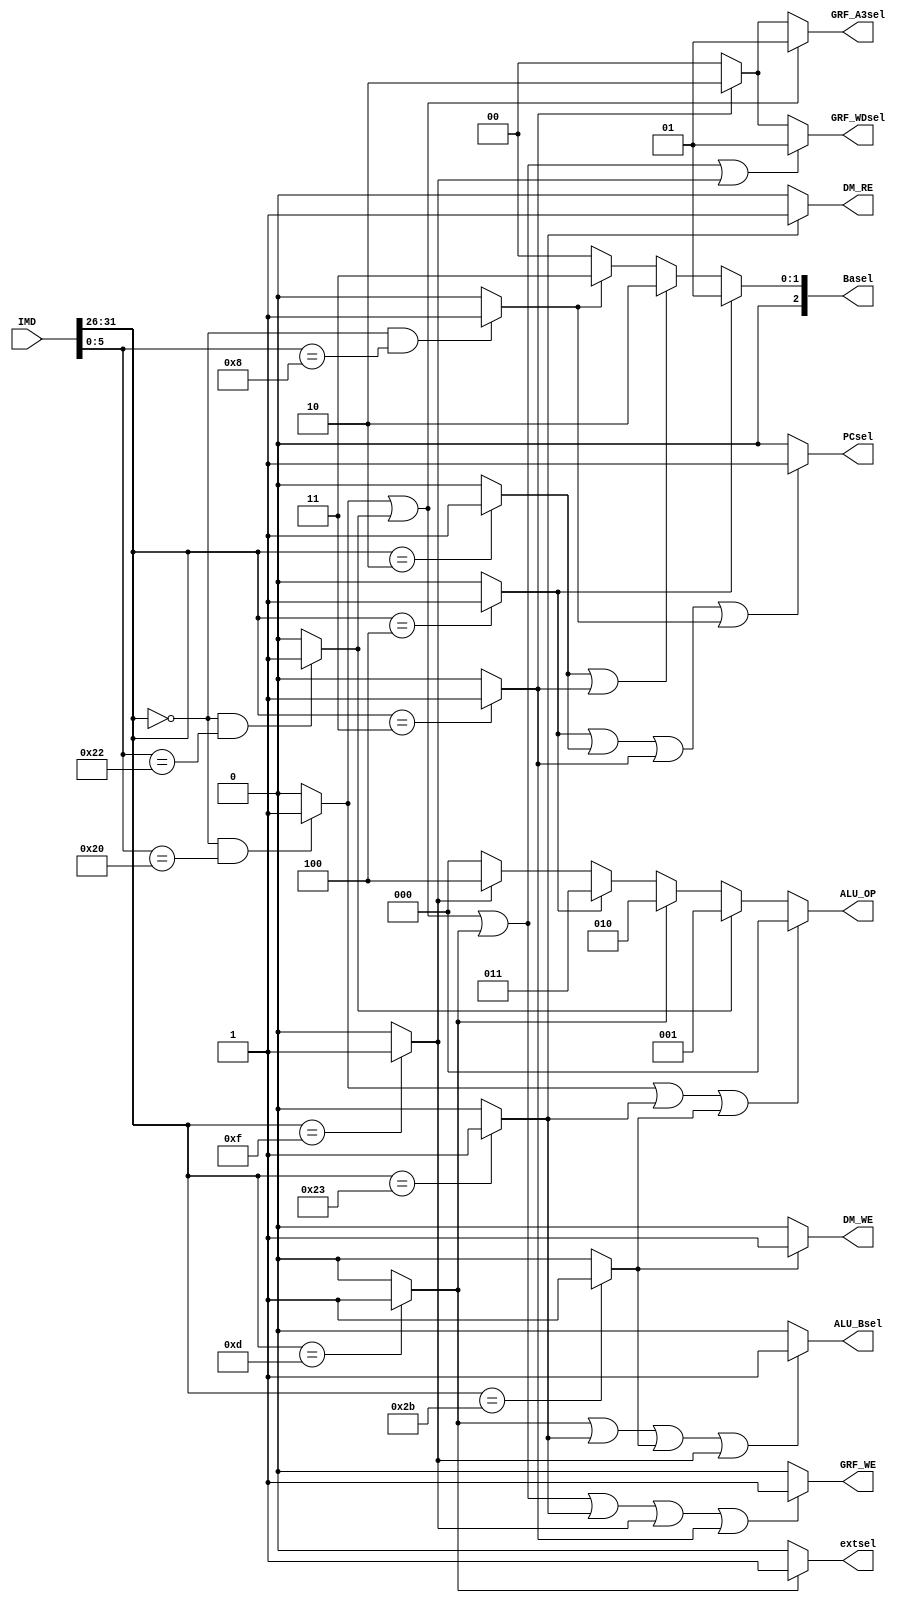
`timescale 1ns / 1ps
//////////////////////////////////////////////////////////////////////////////////
// Company: 
// Engineer: 
// 
// Design Name: 
// Module Name:    Controller 
// Project Name: 
// Target Devices: 
// Tool versions: 
// Description: 
//
// Dependencies: 
//
// Revision: 
// Revision 0.01 - File Created
// Additional Comments: 
//
//////////////////////////////////////////////////////////////////////////////////
module Controller(
    input [31:0] IMD,
    output PCsel,
    output GRF_WE,
    output [2:0] ALU_OP,
    output DM_WE,
    output DM_RE,
    output [1:0] GRF_A3sel,
    output [1:0] GRF_WDsel,
    output ALU_Bsel,
	 output [2:0] Basel,
	 output extsel
    );
wire add,sub,ori,lw,sw,lui,beq,j,jal,jr;
assign add=(IMD[31:26]==6'b000000 && IMD[5:0]==6'b100000)? 1:0;
assign sub=(IMD[31:26]==6'b000000 && IMD[5:0]==6'b100010)? 1:0;
assign ori=(IMD[31:26]==6'b001101)? 1:0;
assign lw=(IMD[31:26]==6'b100011)? 1:0;
assign sw=(IMD[31:26]==6'b101011)? 1:0;
assign lui=(IMD[31:26]==6'b001111)? 1:0;
assign beq=(IMD[31:26]==6'b000100)? 1:0;
assign j=(IMD[31:26]==6'b000010)? 1:0;
assign jal=(IMD[31:26]==6'b000011)? 1:0;
assign jr=(IMD[31:26]==6'b000000 && IMD[5:0]==6'b001000)? 1:0;

assign PCsel=(beq|j|jal|jr)? 1:0;
assign GRF_WE=(add|sub|ori|lw|lui|jal)? 1:0;
assign ALU_OP=(add|lw|sw)? 3'b000:
              (sub)? 3'b001:
				  (ori)? 3'b010:
				  (beq)? 3'b011:
				  (lui)? 3'b100:3'b000;
assign DM_WE=(sw)? 1:0;
assign DM_RE=(lw)? 1:0;
assign GRF_A3sel=(add|sub)? 2'b01:
                 (jal)? 2'b10:2'b00;
assign GRF_WDsel=(add|sub|ori|lui)? 2'b01:
                 (jal)? 2'b10:2'b00;
assign ALU_Bsel=(ori|lw|sw|lui)? 1:0;
assign Basel=(beq)? 3'b001:
             (j|jal)? 3'b010:
				 (jr)? 3'b011:3'b000;
assign extsel=(ori)?1:0;
endmodule